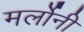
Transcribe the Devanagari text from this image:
मर्लोनी